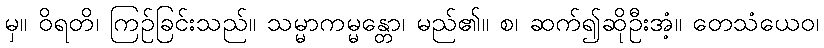
မှ။ ဝိရတိ၊ ကြဉ်ခြင်းသည်။ သမ္မာကမ္မန္တော၊ မည်၏။ စ၊ ဆက်၍ဆိုဦးအံ့။ တေသံယေဝ၊